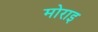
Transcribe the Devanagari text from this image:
मोराइ